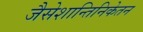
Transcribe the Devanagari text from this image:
जैसेशान्तिनिकेतन